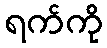
ရက်ကို